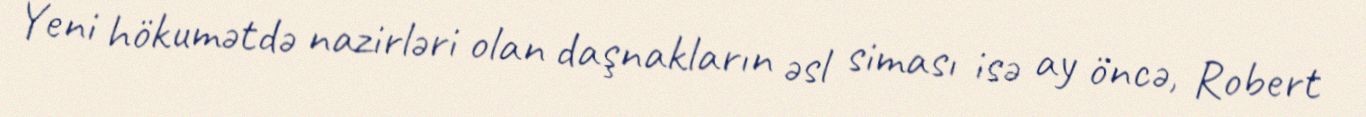
Yeni hökumətdə nazirləri olan daşnakların əsl siması isə ay öncə, Robert